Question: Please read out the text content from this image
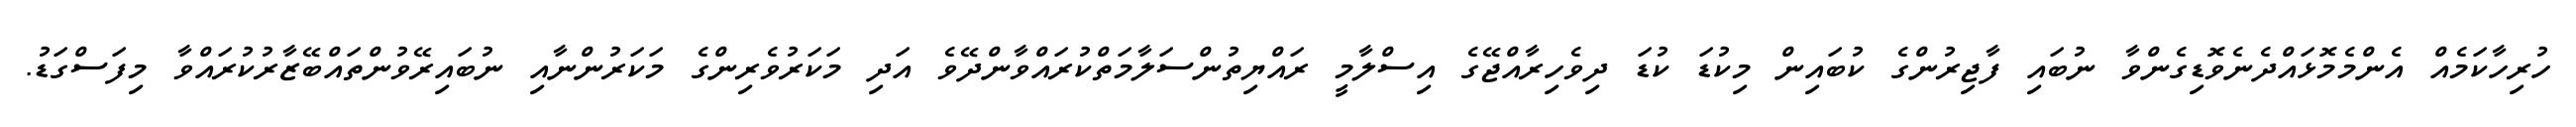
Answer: ހުރިހާކަމެއް އެންމެމޮޅައްދެނެވޮޑިގެންވާ ނުބައި ފާޖިރުންގެ ކުބައިން މިކުޑަ ކުޑަ ދިވެހިރާއްޖޭގެ އިސްލާމީ ރައްޔިތުންސަލާމަތްކުރައްވާންދޭވެ އަދި މަކަރުވެރިންގެ މަކަރުންނާއި ނުބައިރޭވުންތައްބޭޒާރުކުރައްވާ މިފަސްގަޑު.